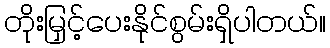
တိုးမြှင့်ပေးနိုင်စွမ်းရှိပါတယ်။